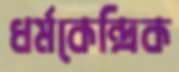
ধর্মকেন্দ্রিক